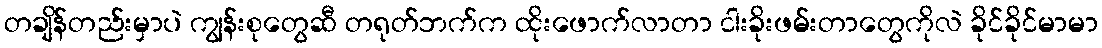
တချိန်တည်းမှာပဲ ကျွန်းစုတွေဆီ တရုတ်ဘက်က ထိုးဖောက်လာတာ ငါးခိုးဖမ်းတာတွေကိုလဲ ခိုင်ခိုင်မာမာ